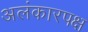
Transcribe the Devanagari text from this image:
अलंकारपक्ष